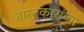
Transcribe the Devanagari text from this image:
वास्तुकारांच्या